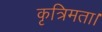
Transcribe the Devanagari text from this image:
कृत्रिमता।